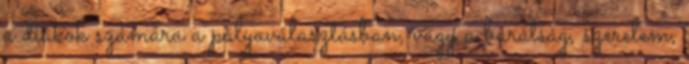
a diákok számára a pályaválasztásban, vagy a barátság, szerelem,